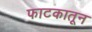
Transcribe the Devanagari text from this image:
फाटकातून